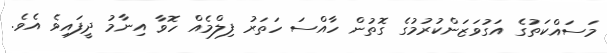
މަސައްކަތުގެ އަގުވަޒަންކުރުމުގެ ގޮތުން ހާއްސަ ހަތަރު ފިލްމެއް ހޮވާ އިނާމު ދީފައިވެ އެވެ.